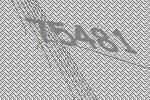
75481